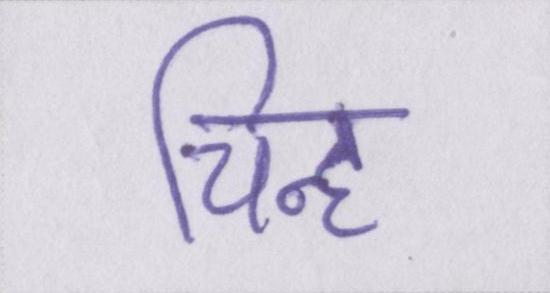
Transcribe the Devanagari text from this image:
चिह्न